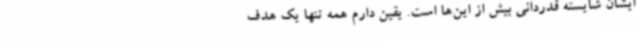
ایشان شایسته قدردانی بیش از این‌ها است. یقین دارم همه تنها یک هدف